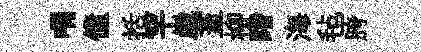
喟僮括罕崴蓋柳睹海毡胯